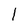
Character: 1